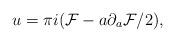
LaTeX: \begin{align*}u=\pi i ({\cal F}-a\partial_a{\cal F}/2), \end{align*}